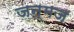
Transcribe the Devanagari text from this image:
जन्मज